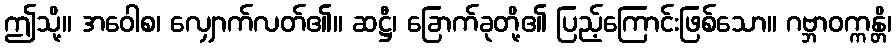
ဤသို့။ အဝေါစ၊ လျှောက်လတ်၏။ ဆဋ္ဌီ၊ ခြောက်ခုတို့၏ ပြည့်ကြောင်းဖြစ်သော။ ဂဗ္ဘာဝက္ကန္တိ၊